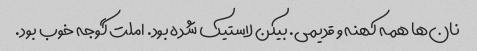
نان‌ها همه کهنه و قدیمی. بیکن لاستیک شده بود. املت گوجه خوب بود.